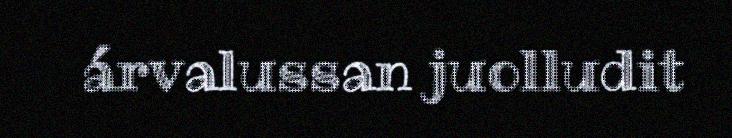
árvalussan juolludit